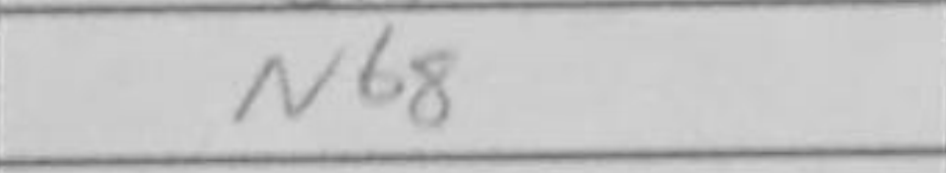
Transcription: Nb8